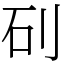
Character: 矵